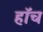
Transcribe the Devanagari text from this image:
हाॅच